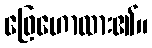
ဖြေဟောထား၏။